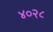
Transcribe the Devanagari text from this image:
४०२८